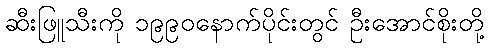
ဆီးဖြူသီးကို ၁၉၉၀နောက်ပိုင်းတွင် ဦးအောင်စိုးတို့